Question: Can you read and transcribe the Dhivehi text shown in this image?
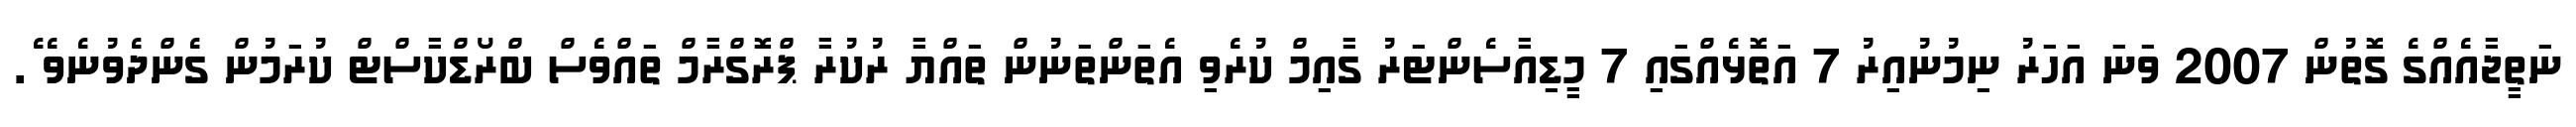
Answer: ނަތީޖާއެއްގެ ގޮތުން 2007 ވަނަ އަހަރު ނިމުނުއިރު 7 އަތޮޅެއްގައި 7 މީޑިއާސެންޓަރު ގާއިމް ކުރެވި އެތަންތަނުން ތައްޔާ ރުކުރާ ޕްރޮގްރާމް ތައްވެސް ބްރޯޑްކާސްޓް ކުރަމުން ގެންދެވުނެވެ ެ.